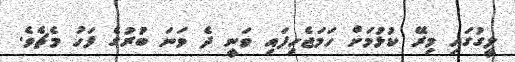
ލީގުގައި މިރޭ ކުޅުމަށް ހަމަޖެހިފައި ވަނީ ދެ ވަނަ ބުރުގެ ފަހު މެޗެވެ.